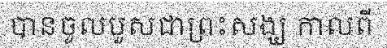
បានចូលបួសជាព្រះសង្ឃ កាលពី